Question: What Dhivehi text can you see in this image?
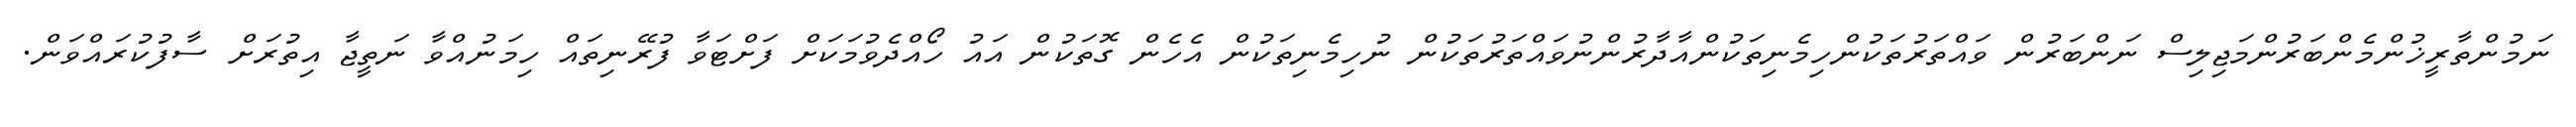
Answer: ނަމުންތާރީޚުންމެންބަރުންމަޖިލިސް ނަންބަރުން ވައްތަރުތަކުންހިމެނިތަކުންއާދާރުންނުވައްތަރުތަކުން ނުހިމެނިތަކުން އެހެން ގޮތަކުން އައު ހޯއްދެވުމަކަށް ފަށްޓަވާ ފުރޭނިތައް ހިމަނުއްވާ ނަތީޖާ އިތުރަށް ސާފުކުރައްވަން.